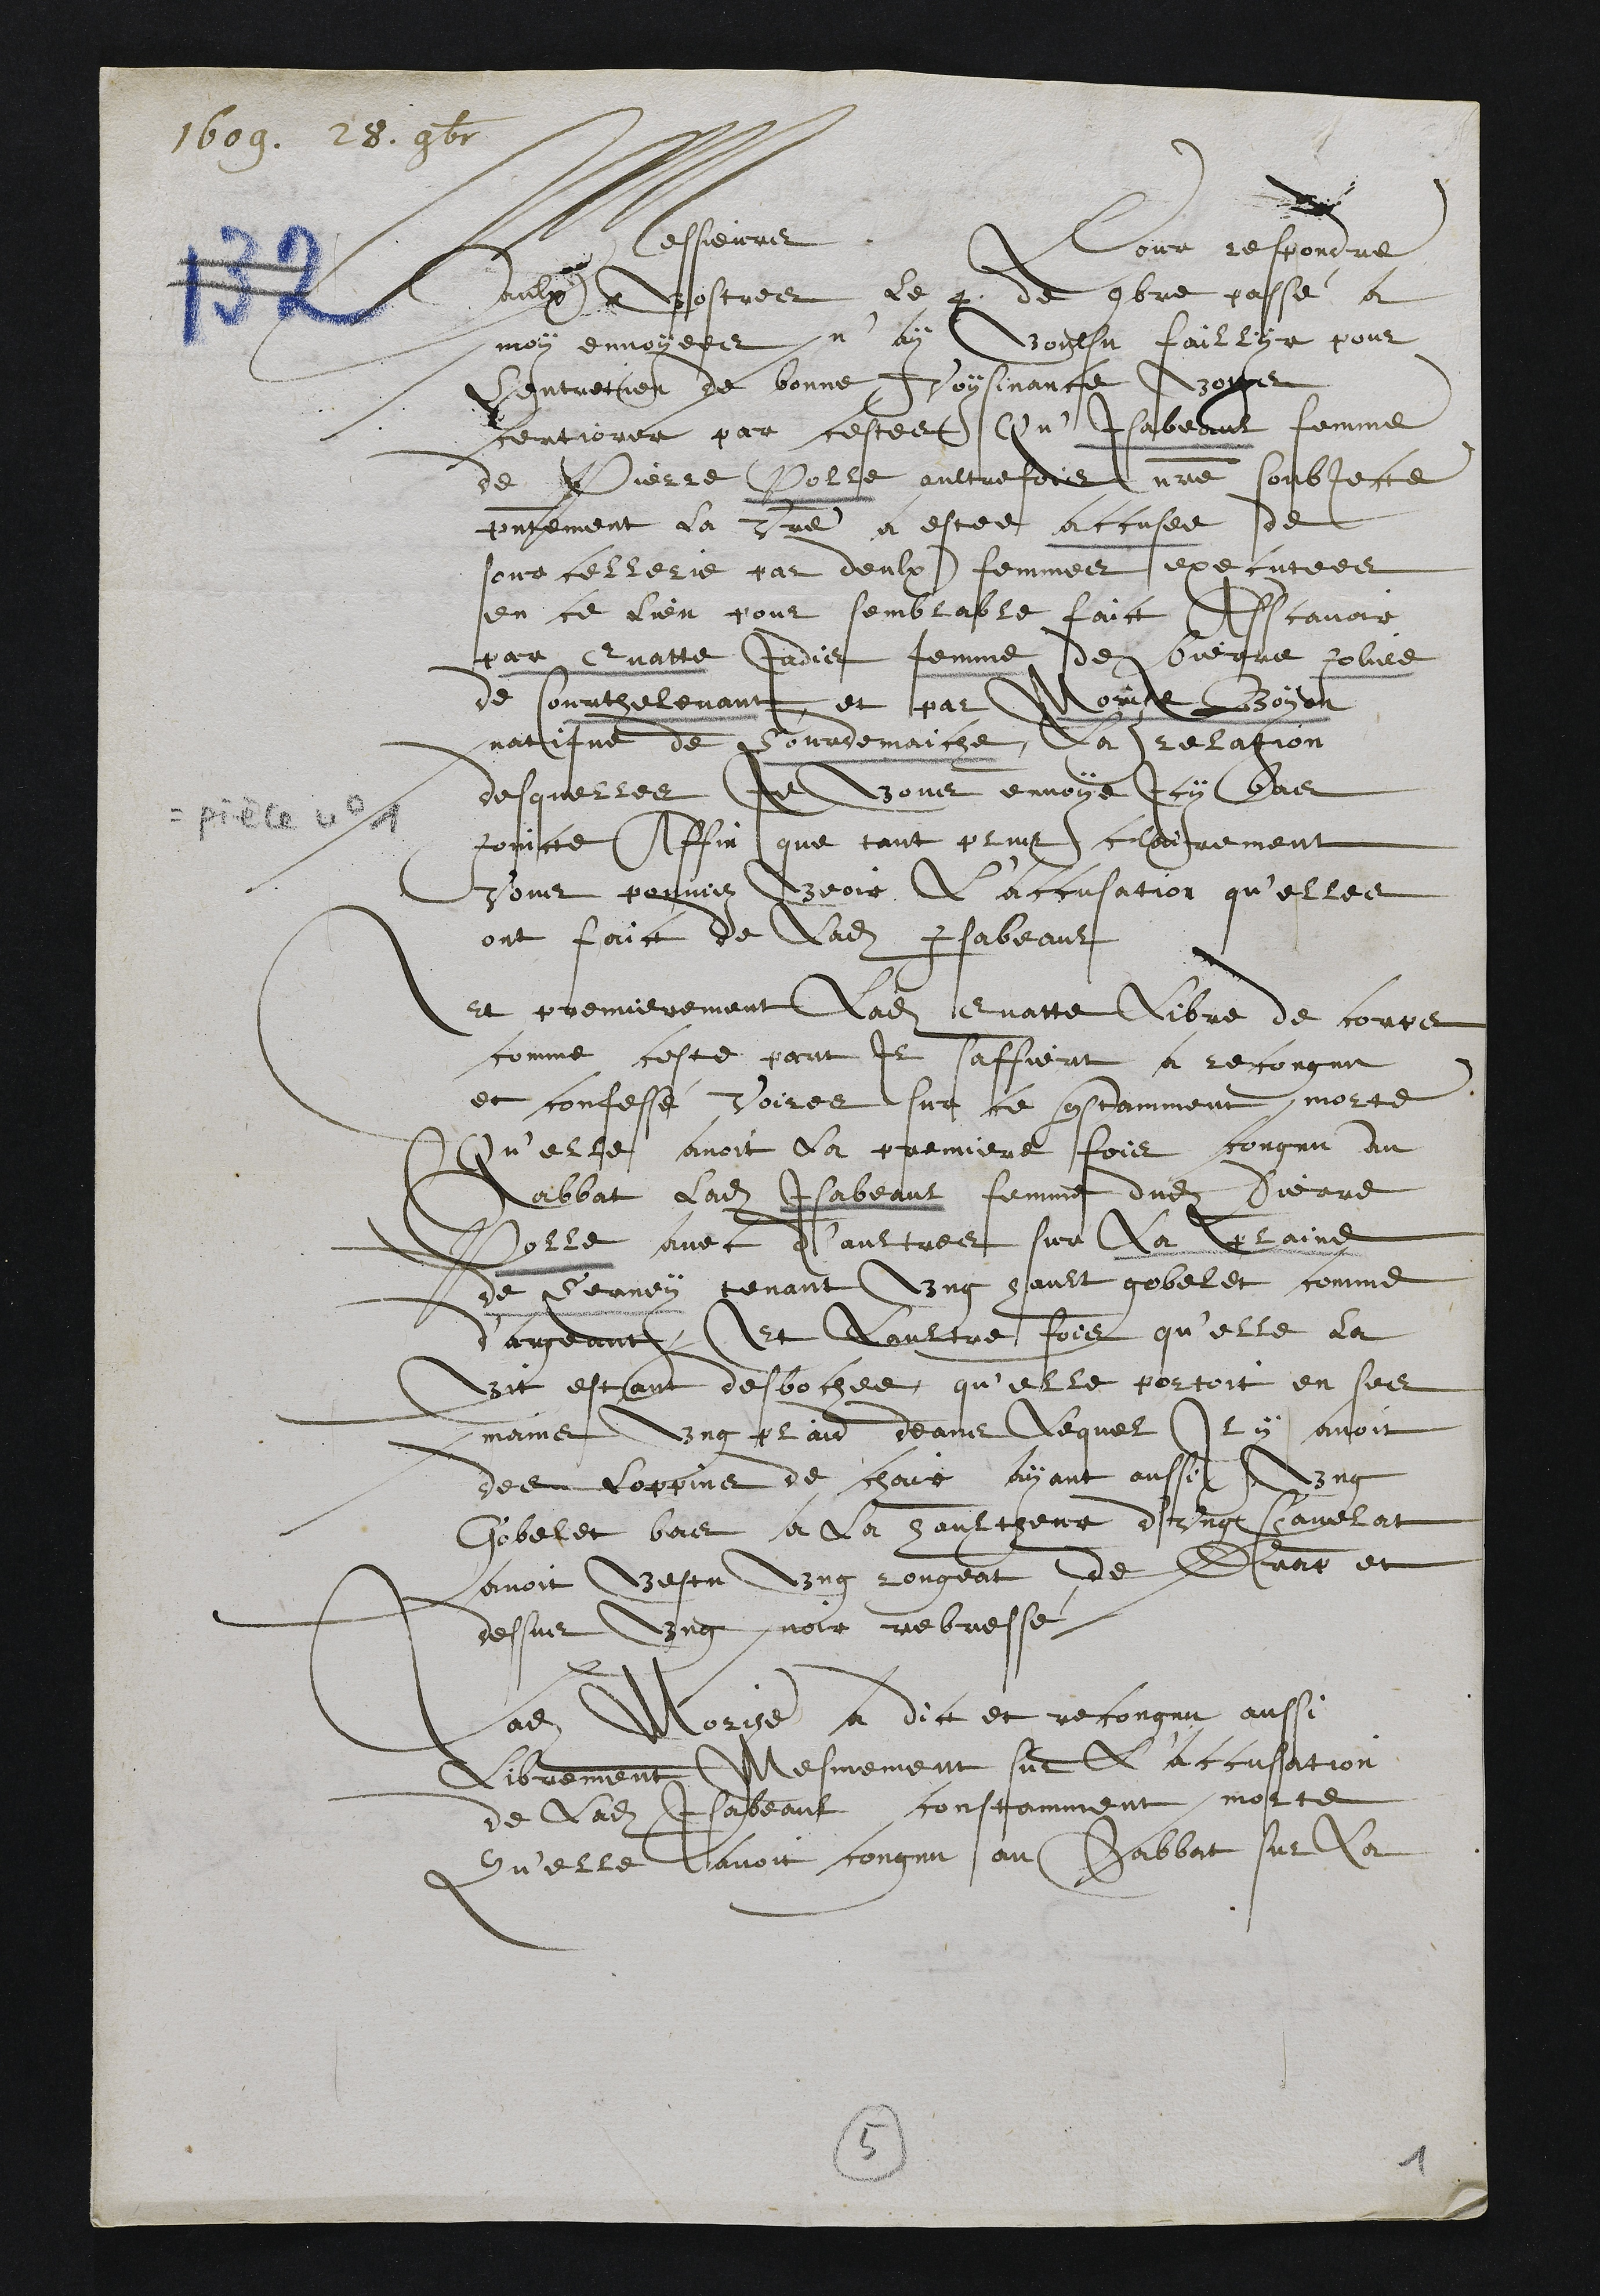
1609. 28 9bre
Messieurs. Pour respondre
aulx Vostres le 4 de 9bre passé a
moy envoyees n'ay voulsu faillyr pour
lentretien de bonne Voysinance Vous
certiorer par cestes Qu'Isabeaul femme
de Pierre Polle aultrefois nostre soubjecte
presentement la Vostre a estee accusee de
sourcellerie par deulx femmes executees
en ce lieu pour semblable faict Asscavoir
par Evatte jadis femme de Pierre Joliee
de Courthelevant et par Morise Boyon
natifve de Courdemaiche, la relation
desquelles Je Vous envoye Icy bas
joincte Affin que tant plus clairement
Vous pouviez veoir L'accusation qu'elles
ont faict de ladite Iabeaul
Et premierement Ladite Evatte libre de corps
comme ceste part il saffiert a recongnu
et confessé Voires sur ce constamment morte
Qu'elle avoit la premiere fois congnu au
Sabbat ladite Iabeaul, femme dudit Pierre
Polle avec d'aultres sur la plaine
de Serney tenant ung hault gobelet comme
d'argent, Et Laultre fois qu'elle la
vit estant desbochee qu'elle portoit en ses
mains ung plaid deans lequel Il y avoit
des loppins de chair ayant aussi ung
Gobelet bas a la haultheur d'ung savelat
avoit vestu ung rougeat de Bure et
dessus ung noir rebresse.
Ladite Morize a dict et recongnu aussi
Librement Mesmement sur l'accusation
de ladite Isabeaul constamment morte
Qu'elle lavoit congnu au Sabbat sur la

5

1